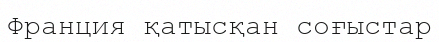
Франция қатысқан соғыстар